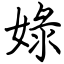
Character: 娽